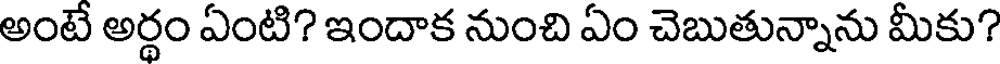
అంటే అర్థం ఏంటి? ఇందాక నుంచి ఏం చెబుతున్నాను మీకు?